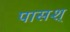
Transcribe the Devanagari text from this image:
पासश्